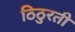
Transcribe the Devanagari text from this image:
ठिठुरती